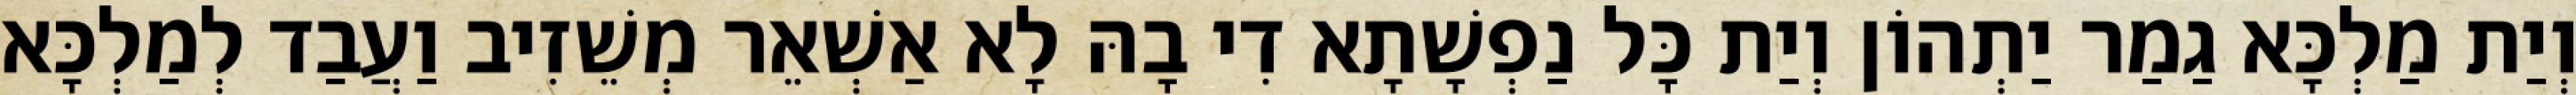
וְיַת מַלְכָּא גַמַר יַתְהוֹן וְיַת כָּל נַפְשָׁתָא דִי בָהּ לָא אַשְׁאֵר מְשֵׁזִיב וַעֲבַד לְמַלְכָּא